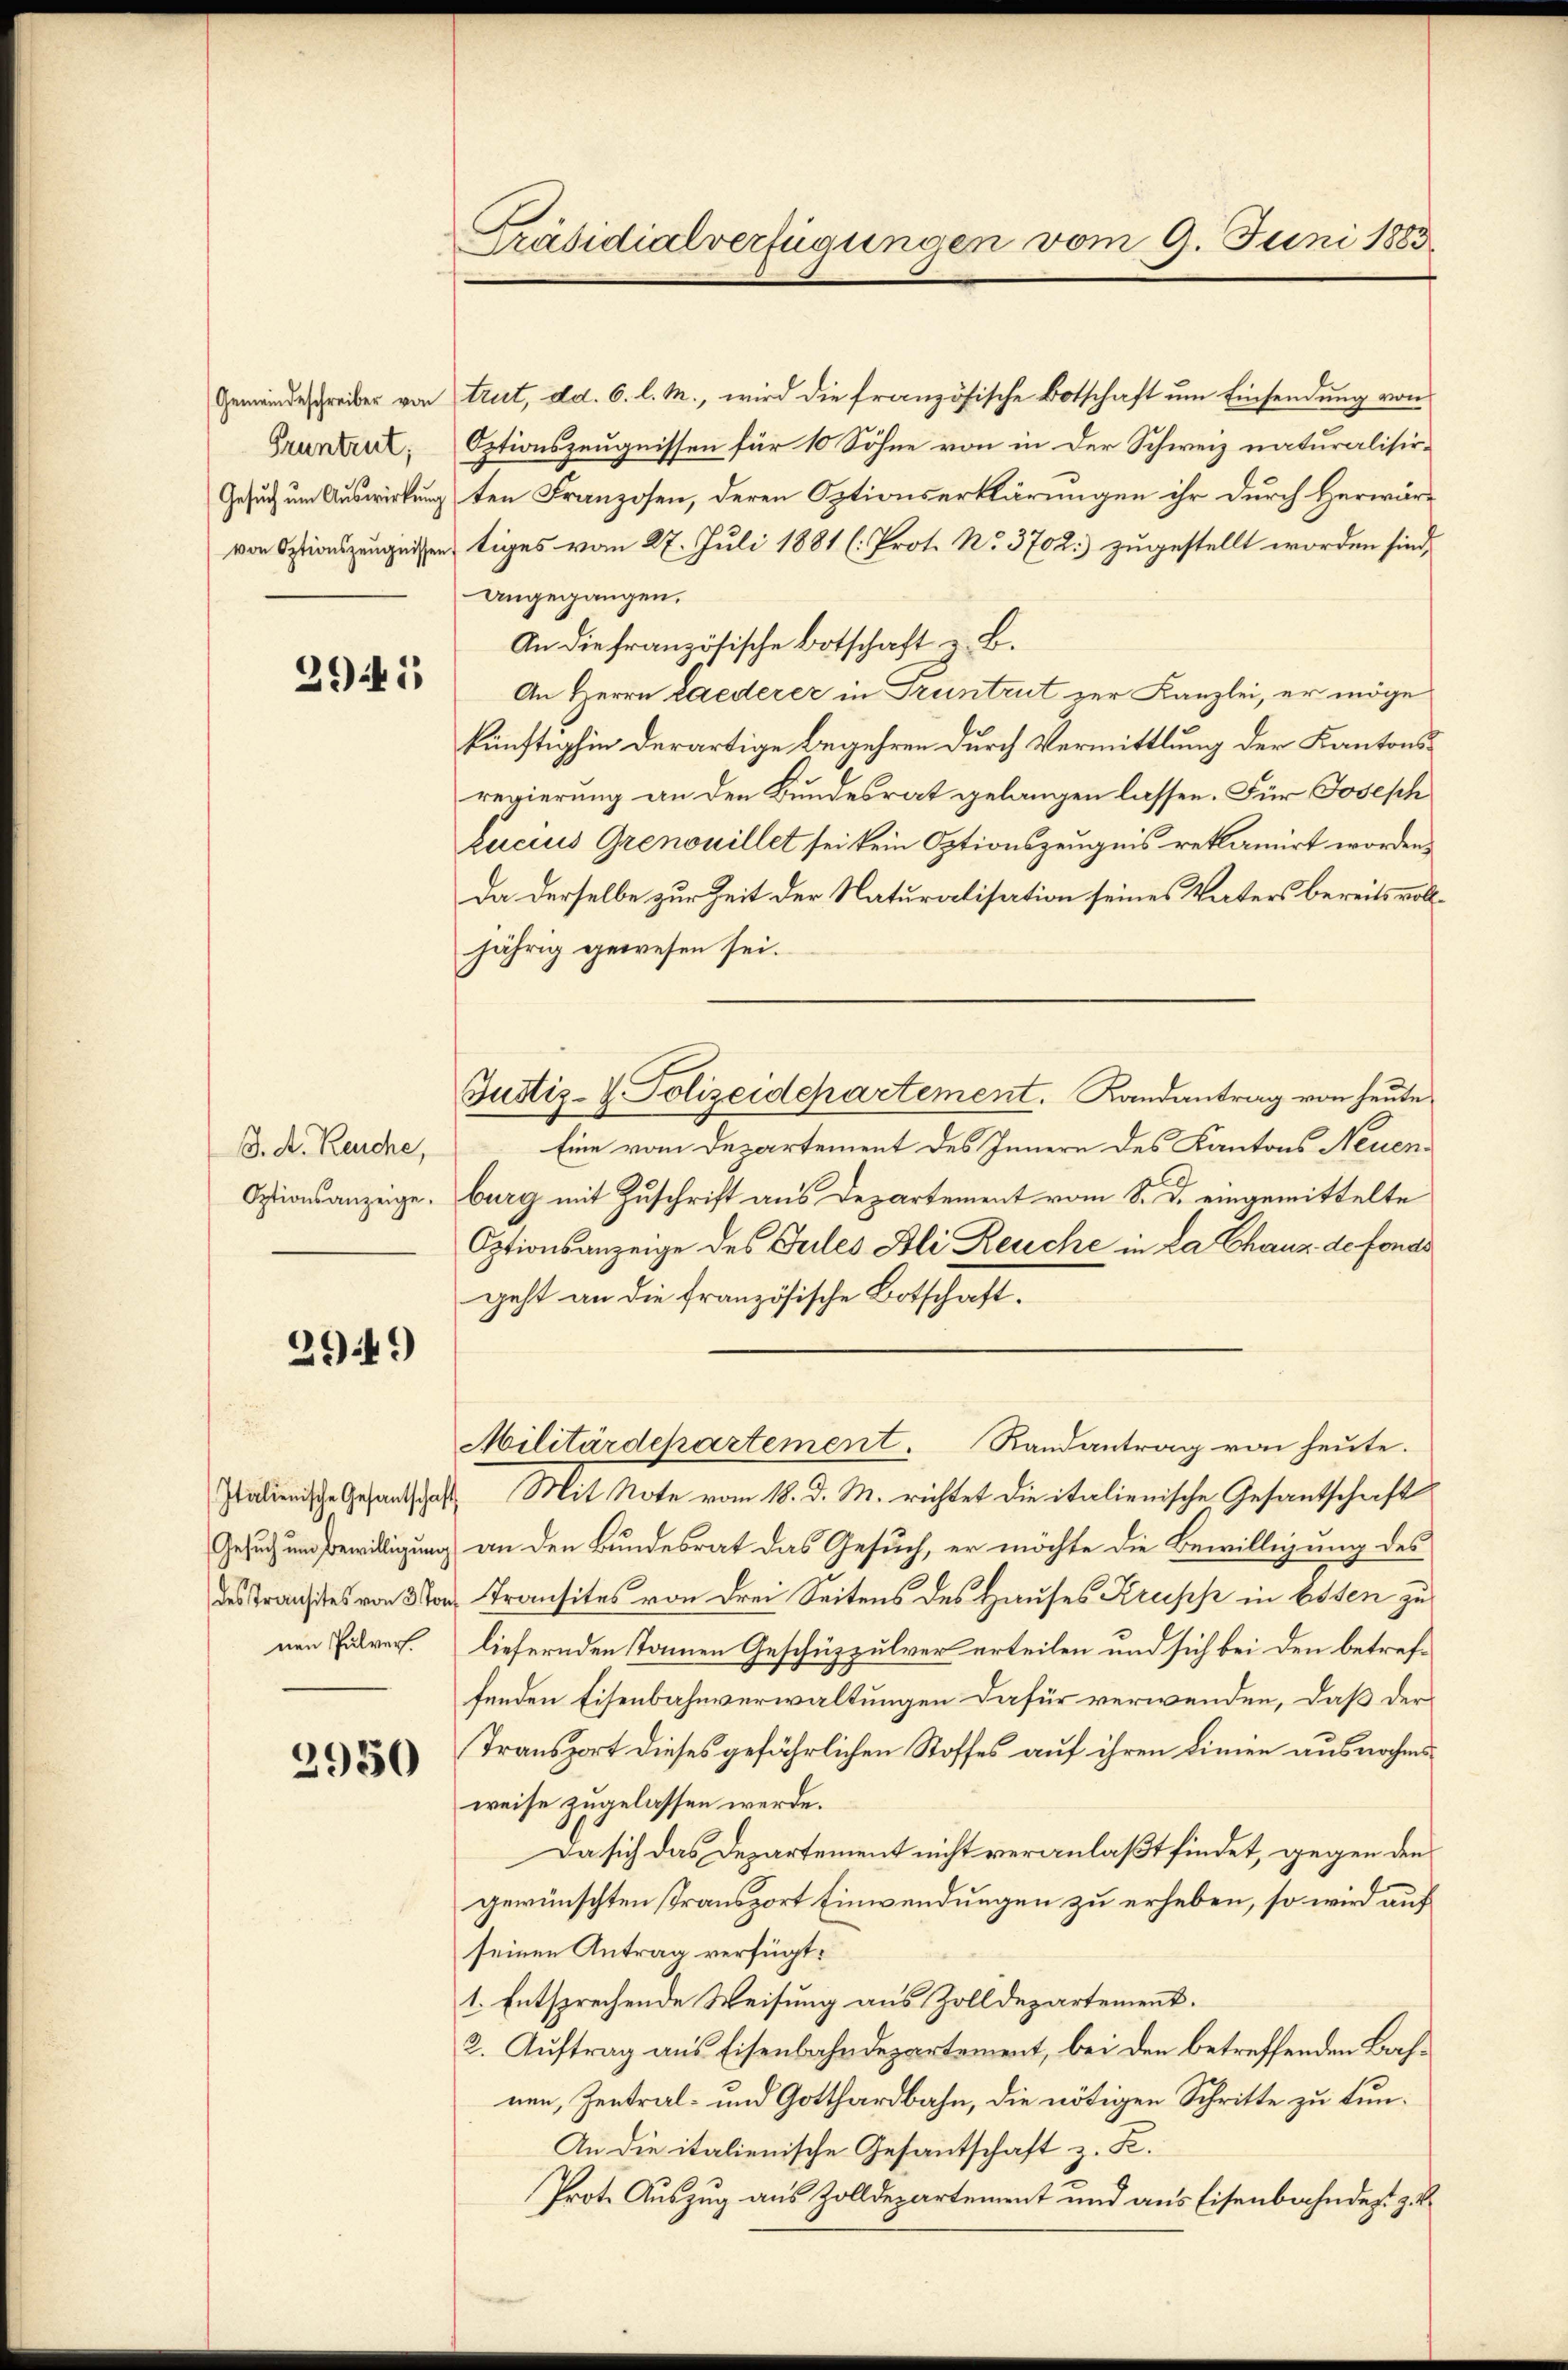
Gemeindeschreiber von
Pruntrut;
Gesuch um Auswirkung
von Optionszeugnissen.

2941

B. A. Keuche,
Optionsanzeige.

2949

Italienische Gesantschaft
Gesuch um Bewilligung
nen Pulverf

2950

Präsidialverfügungen vom 9. Juni 1883

Justiz- & Polizeidepartement. Landantrag von heute

trut, dd. 6. l. M., wird die französische Botschaft um Einsendung von
Optionszeugnissen für 10 Söhne von in der Schweiz naturalisirten Franzosen, deren Optionserklärungen ihr durch Herwärtiges vom 27. Juli 1881 (: Prot. No. 3702. zugestellt worden sind,
angegangen.
An die französische Botschaft u. B.
An Herrn Laederer in Truntrut zur Kanzlei, er möge
künftighin derartige Begehren durch Vermittlung der Kantonsregierung an den Bundesrat gelangen lassen. Für Josesch
Lucius Grenouillet sei kein Optionszeugnis reklamirt worden,
Da derselbe zur Zeit der Naturalisation seines Vaters bereits volljährig gewesen sei.
Eine vom Departement des Innern des Kantons Neuenburg mit Zuschrift aus Departement vom 8. d. eingemittelte
Optionsanzeige des Gutes Bli Reuche in La Chaus de fonds
geht an die französische Botschaft.
Militärdepartement. Randantrag von heute.
Mit Note vom 18. d. M. richtet die italienische Gesantschaft
an den Bundesrat das Gesuch, er möchte die Bewilligung des
des Transtes von 3 Vor Transites von drei Seitens des Hauses Krupp in Osten zu
liefernden Namen Geschüzpulver erteilen und sich bei den betreffenden Eisenbahnverwaltungen dafür verwenden, daß der
Transport dieses gefährlichen Stoffes auf ihren Linien ausnahms
weise zugelassen werde.
Da sich das Departement nicht veranlaßt findet, gegen den
gewünschten Transport Einwendungen zu erheben, so wird auf
seinen Antrag verfügt:
1. Entsprechende Weisung aus Zolldepartement.
2. Auftrag aus Eisenbahndepartement, bei den betreffenden Bahnen, Zentral- und Gotthardbahn, die nötigen Schritte zu tun¬
An die italienische Gesantschaft z. R.
Prote Auszug aus Zolldepartement und aus Eisenbahndert zu